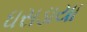
ઘસડાયા